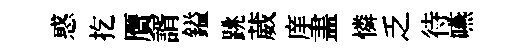
惑扢贋諝鎰跳葳庠𥁞憐乏待嚥